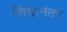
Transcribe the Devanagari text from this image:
शिंद्यानंतर